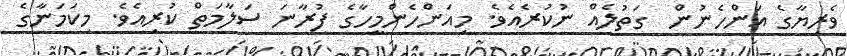
ވެރިޔާގެ އަންހެނުން  ގަތުލެއް ނުކުރެއެވެ. މިއަންހެންމީހާގެ ފުރާނަ ސަލާމަތް ކުރިއެވެ. މިކަމަނާގެ